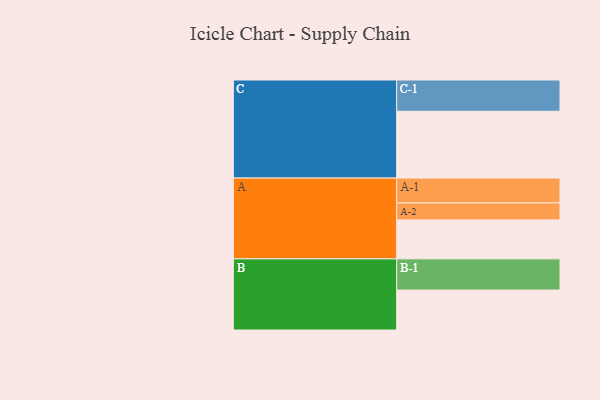
{"axis": {"x": "Segment", "y": "Value"}, "legend": ["", "A", "B", "C"], "data": [{"x": "A", "y": 350, "type": ""}, {"x": "B", "y": 359, "type": ""}, {"x": "C", "y": 600, "type": ""}, {"x": "A-1", "y": 223, "type": "A"}, {"x": "A-2", "y": 153, "type": "A"}, {"x": "B-1", "y": 280, "type": "B"}, {"x": "C-1", "y": 281, "type": "C"}]}